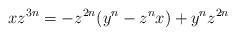
LaTeX: \begin{align*}xz^{3n} = -z^{2n}(y^n-z^nx)+y^nz^{2n} \end{align*}